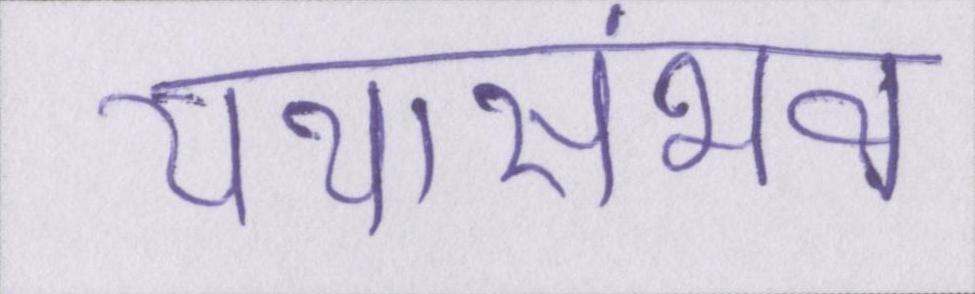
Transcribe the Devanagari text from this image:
यथासंभव